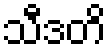
သီဒတိ